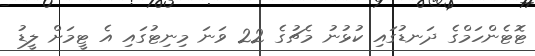
ޓޮޓެންހަމްގެ ދަނޑުގައި ކުޅުނު މެޗުގެ 22 ވަނަ މިނިޓުގައި އެ ޓީމަށް ލީޑު